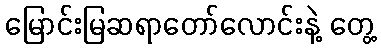
မြောင်းမြဆရာတော်လောင်းနဲ့ တွေ့